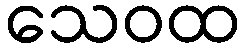
သေဝထ